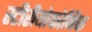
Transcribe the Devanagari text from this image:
स्टीरीयोफोनिक